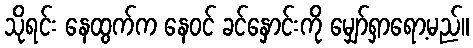
သိုရင်း နေထွက်က နေဝင် ခင်နှောင်းကို မျှော်ရှာရော့မည်။